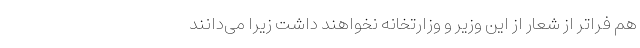
هم فراتر از شعار از این وزیر و وزارتخانه نخواهند داشت زیرا می‌دانند